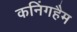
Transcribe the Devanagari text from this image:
कनिंगहैम